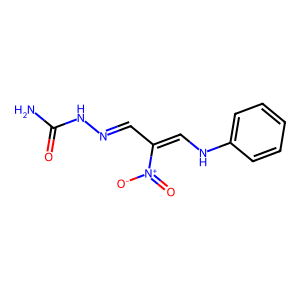
SMILES: NC(=O)NN=CC(=CNc1ccccc1)[N+](=O)[O-]
Inhibits HIV replication: No